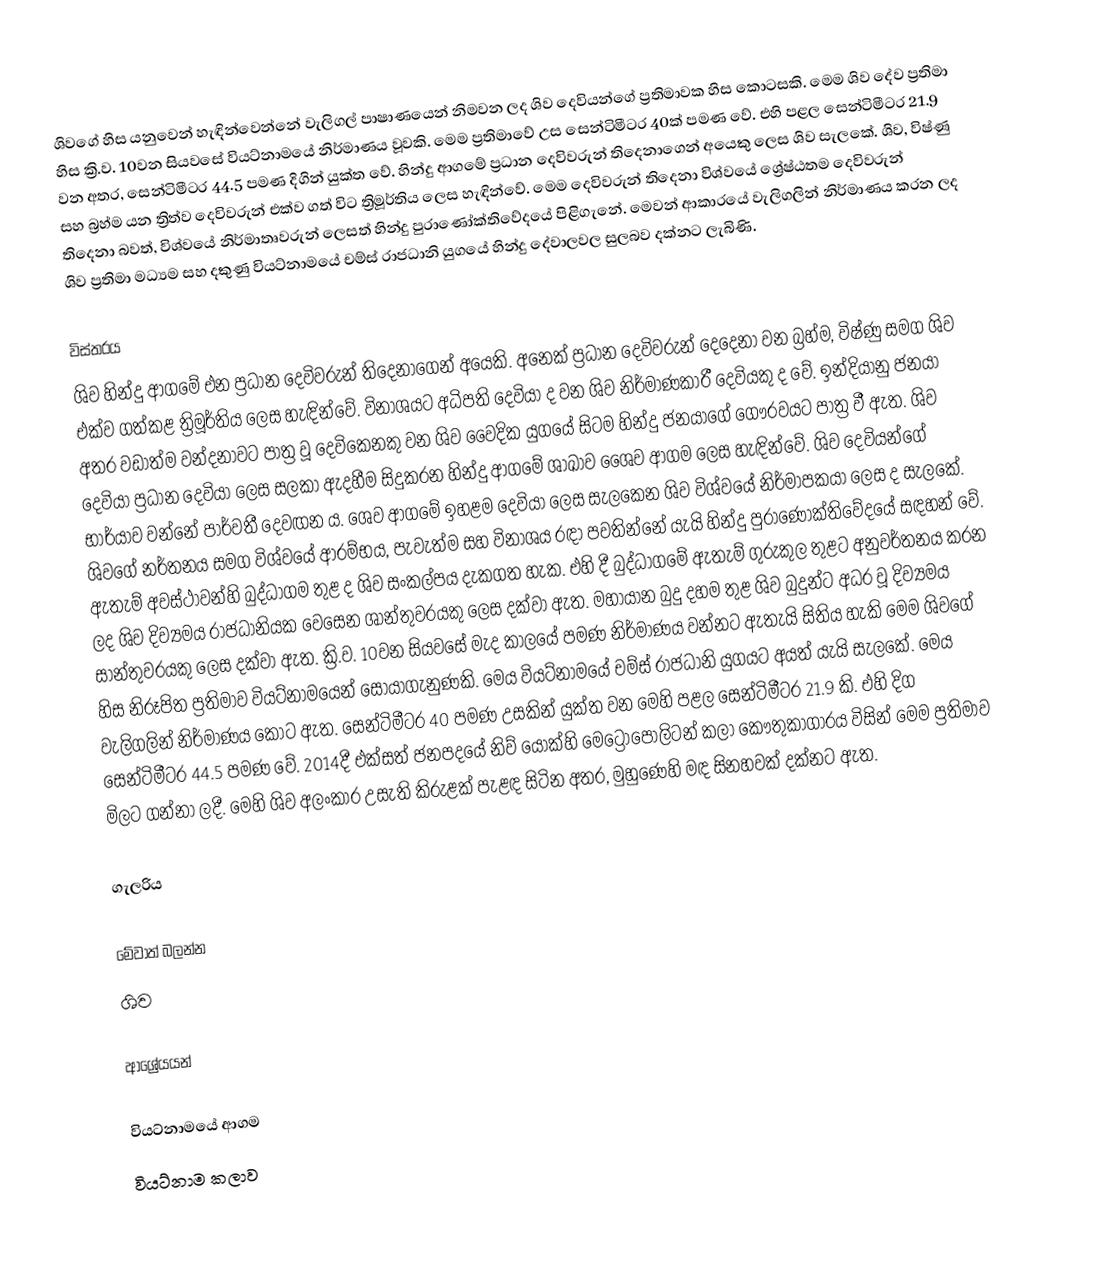
ශිවගේ හිස යනුවෙන් හැඳින්වෙන්නේ වැලිගල් පාෂාණයෙන් නිමවන ලද ශිව දෙවියන්ගේ ප්‍රතිමාවක හිස කොටසකි. මෙම ශිව දේව ප්‍රතිමා හිස ක්‍රි.ව. 10වන සියවසේ වියට්නාමයේ නිර්මාණය වූවකි. මෙම ප්‍රතිමාවේ උස සෙන්ටිමීටර 40ක් පමණ වේ. එහි පළල සෙන්ටිමීටර 21.9 වන අතර, සෙන්ටිමීටර 44.5 පමණ දිගින් යුක්ත වේ. හින්දු ආගමේ ප්‍රධාන දෙවිවරුන් තිදෙනාගෙන් අයෙකු ලෙස ශිව සැලකේ. ශිව, විෂ්ණු සහ බ්‍රහ්ම යන ත්‍රිත්ව දෙවිවරුන් එක්ව ගත් විට ත්‍රිමූර්තිය ලෙස හැඳින්වේ. මෙම දෙවිවරුන් තිදෙනා විශ්වයේ ශ්‍රේෂ්ඨතම දෙවිවරුන් තිදෙනා බවත්, විශ්වයේ නිර්මාතෘවරුන් ලෙසත් හින්දු පුරාණෝක්තිවේදයේ පිළිගැනේ. මෙවන් ආකාරයේ වැලිගලින් නිර්මාණය කරන ලද ශිව ප්‍රතිමා මධ්‍යම සහ දකුණු වියට්නාමයේ චම්ස් රාජධානි යුගයේ හින්දු දේවාලවල සුලබව දක්නට ලැබිණි.

විස්තරය
ශිව හින්දු ආගමේ එන ප්‍රධාන දෙවිවරුන් තිදෙනාගෙන් අයෙකි. අනෙක් ප්‍රධාන දෙවිවරුන් දෙදෙනා වන බ්‍රහ්ම, විෂ්ණු සමග ශිව එක්ව ගත්කළ ත්‍රිමූර්තිය ලෙස හැඳින්වේ. විනාශයට අධිපති දෙවියා ද වන ශිව නිර්මාණකාරී දෙවියකු ද වේ. ඉන්දියානු ජනයා අතර වඩාත්ම වන්දනාවට පාත්‍ර වූ දෙවිකෙනකු වන ශිව වෛදික යුගයේ සිටම හින්දු ජනයාගේ ගෞරවයට පාත්‍ර වී ඇත. ශිව දෙවියා ප්‍රධාන දෙවියා ලෙස සලකා ඇදහීම සිදුකරන හින්දු ආගමේ ශාඛාව ශෛව ආගම ලෙස හැඳින්වේ. ශිව දෙවියන්ගේ භාර්යාව වන්නේ පාර්වතී දෙවඟන ය. ශෙව ආගමේ ඉහළම දෙවියා ලෙස සැලකෙන ශිව විශ්වයේ නිර්මාපකයා ලෙස ද සැලකේ. ශිවගේ නර්තනය සමග විශ්වයේ ආරම්භය, පැවැත්ම සහ විනාශය රඳා පවතින්නේ යැයි හින්දු පුරාණෝක්තිවේදයේ සඳහන් වේ. ඇතැම් අවස්ථාවන්හි ‍බුද්ධාගම තුළ ද ශිව සංකල්පය දැකගත හැක. එහි දී බුද්ධාගමේ ඇතැම් ගුරුකුල තුළට අනුවර්තනය කරන ලද ශිව දිව්‍යමය රාජධානියක වෙසෙන ශාන්තුවරයකු ලෙස දක්වා ඇත. මහායාන බුදු දහම තුළ ශිව බුදුන්ට අධර වූ දිව්‍යමය සාන්තුවරයකු ලෙස දක්වා ඇත. ක්‍රි.ව. 10වන සියවසේ මැද කාලයේ පමණ නිර්මාණය වන්නට ඇතැයි සිතිය හැකි මෙම ශිවගේ හිස නිරූපිත ප්‍රතිමාව වියට්නාමයෙන් සොයාගැනුණකි. මෙය වියට්නාමයේ චම්ස් රාජධානි යුගයට අයත් යැයි සැලකේ. මෙය වැලිගලින් නිර්මාණය කොට ඇත. සෙන්ටිමීටර 40 පමණ උසකින් යුක්ත වන මෙහි පළල සෙන්ටිමීටර 21.9 කි. එහි දිග සෙන්ටිමීටර 44.5 පමණ වේ. 2014දී එක්සත් ජනපදයේ නිව් යෝක්හි මෙට්‍රොපොලිටන් කලා කෞතුකාගාරය විසින් මෙම ප්‍රතිමාව මිලට ගන්නා ලදී. මෙහි ශිව අලංකාර උසැති කිරුළක් පැළඳ සිටින අතර, මුහුණෙහි මඳ සිනහවක් දක්නට ඇත.

ගැලරිය

මේවාත් බලන්න
 ශිව

ආශ්‍රේයයන්

වියට්නාමයේ ආගම‎
වියට්නාම කලාව‎